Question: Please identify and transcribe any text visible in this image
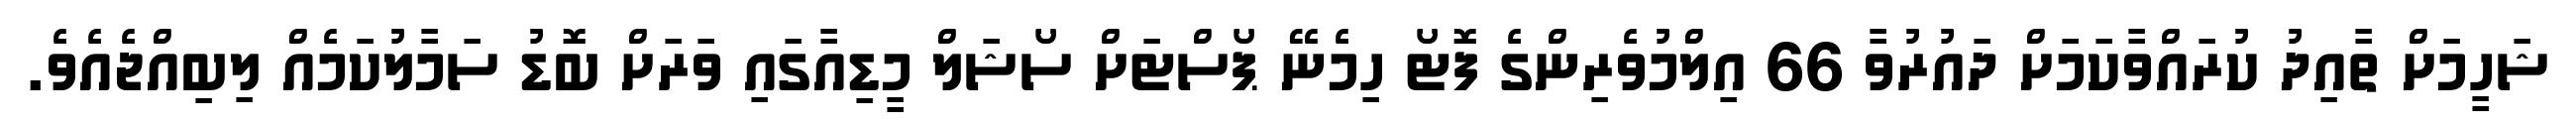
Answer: ޝަހީމަށް ތާއިދު ކުރައްވާކަމަށް ދައުރުވާ 66 އިލްމުވެރިންގެ ފޮޓޯ ހިމެނޭ ޕޯސްޓަށް ސޯޝަލް މީޑިއާގައި ވަރަށް ބޮޑު ސަމާލުކަމެއް ލިބިއްޖެއެވެ.